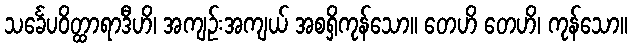
သင်္ခေပဝိတ္ထာရာဒီဟိ၊ အကျဉ်းအကျယ် အစရှိကုန်သော။ တေဟိ တေဟိ၊ ကုန်သော။